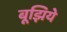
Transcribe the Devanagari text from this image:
बूझिये